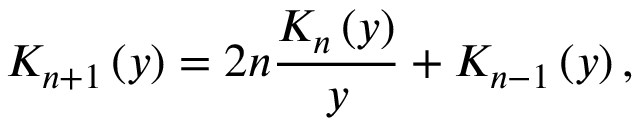
K _ { n + 1 } \left( y \right) = 2 n \frac { K _ { n } \left( y \right) } { y } + K _ { n - 1 } \left( y \right) ,